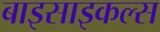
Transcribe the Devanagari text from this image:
बाइसाइकल्स